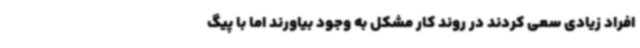
افراد زیادی سعی کردند در روند کار مشکل به وجود بیاورند اما با پیگ